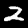
Label: 2